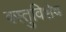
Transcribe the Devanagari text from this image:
वस्तुविशेष